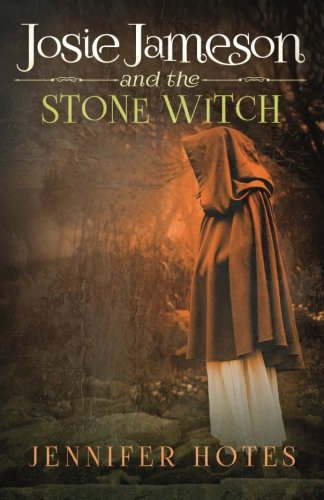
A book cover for Josie Jameson and the Stone Witch (The Stone Witch series) (Volume 2); Jennifer L. Hotes; Teen & Young Adult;